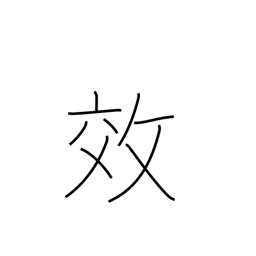
Meaning: effect